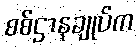
စစ်ဌာနချုပ်က